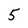
Character: 5